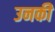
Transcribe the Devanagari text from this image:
उनकीे